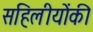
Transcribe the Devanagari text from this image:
सहिलीयोंकी